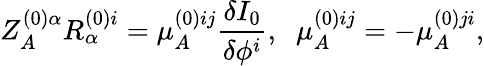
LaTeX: Z_{A}^{(0)\alpha}R_{\alpha}^{(0)i}=\mu_{A}^{(0)ij}\frac{\delta I_{0}}{\delta\phi^{i}},\; \; \mu_{A}^{(0)ij}=-\mu_{A}^{(0)ji},